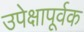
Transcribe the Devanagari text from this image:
उपेक्षापूर्वक